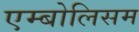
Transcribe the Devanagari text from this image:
एम्बोलिसम